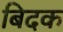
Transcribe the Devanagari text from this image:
बिदक